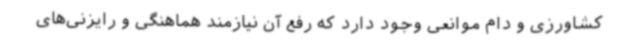
کشاورزی و دام موانعی وجود دارد که رفع آن نیازمند هماهنگی و رایزنی‌های